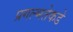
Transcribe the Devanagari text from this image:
प्रगल्‍भतेकडे